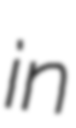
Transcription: in